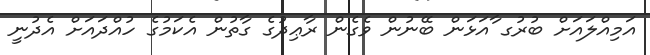
އަމިއްލައަށް ބުރުގ ާއަޅަން ބޭނުން ވެގެން ރާޢިދުގެ ގާތުން އެކަމުގެ ހުއްދައަށް އެދުނީ